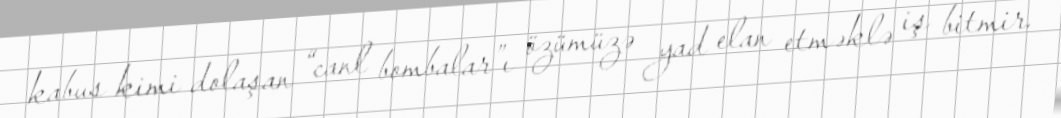
kabus kimi dolaşan “canl bombalar”ı özümüzə yad elan etməklə iş bitmir.